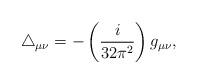
LaTeX: \begin{align*}\triangle _{\mu \nu }=-\left( \frac{i}{32\pi ^{2}}\right) g_{\mu \nu },\end{align*}